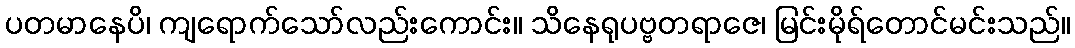
ပတမာနေပိ၊ ကျရောက်သော်လည်းကောင်း။ သိနေရုပဗ္ဗတရာဇေ၊ မြင်းမိုရ်တောင်မင်းသည်။